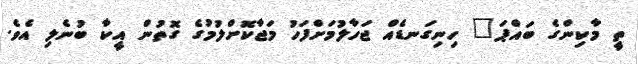
ތީ މާކިންގެ ބައްޕަ" ހިނިގަނޑެއް ޖަހާލުމަށްފަހު މަޖާކޮށްލުމުގެ ގޮތުން އީކާ ބުނެލި އެވެ.